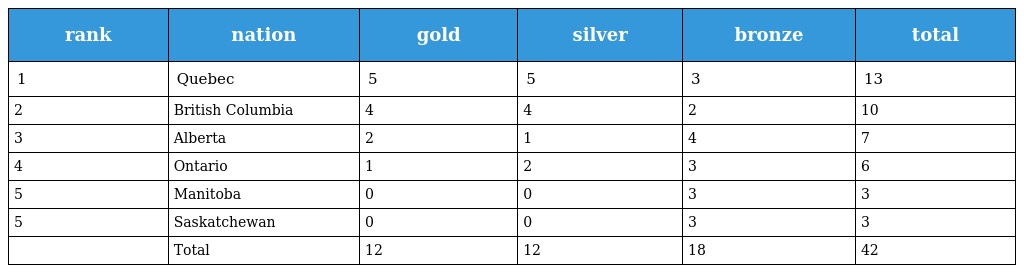
| rank | nation | gold | silver | bronze | total |
 | --- | --- | --- | --- | --- | --- |
 | 1 | Quebec | 5 | 5 | 3 | 13 |
 | 2 | British Columbia | 4 | 4 | 2 | 10 |
 | 3 | Alberta | 2 | 1 | 4 | 7 |
 | 4 | Ontario | 1 | 2 | 3 | 6 |
 | 5 | Manitoba | 0 | 0 | 3 | 3 |
 | 5 | Saskatchewan | 0 | 0 | 3 | 3 |
 |  | Total | 12 | 12 | 18 | 42 |